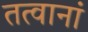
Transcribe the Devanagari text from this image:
तत्वानां